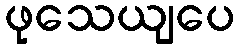
ဖုသေယျပေ